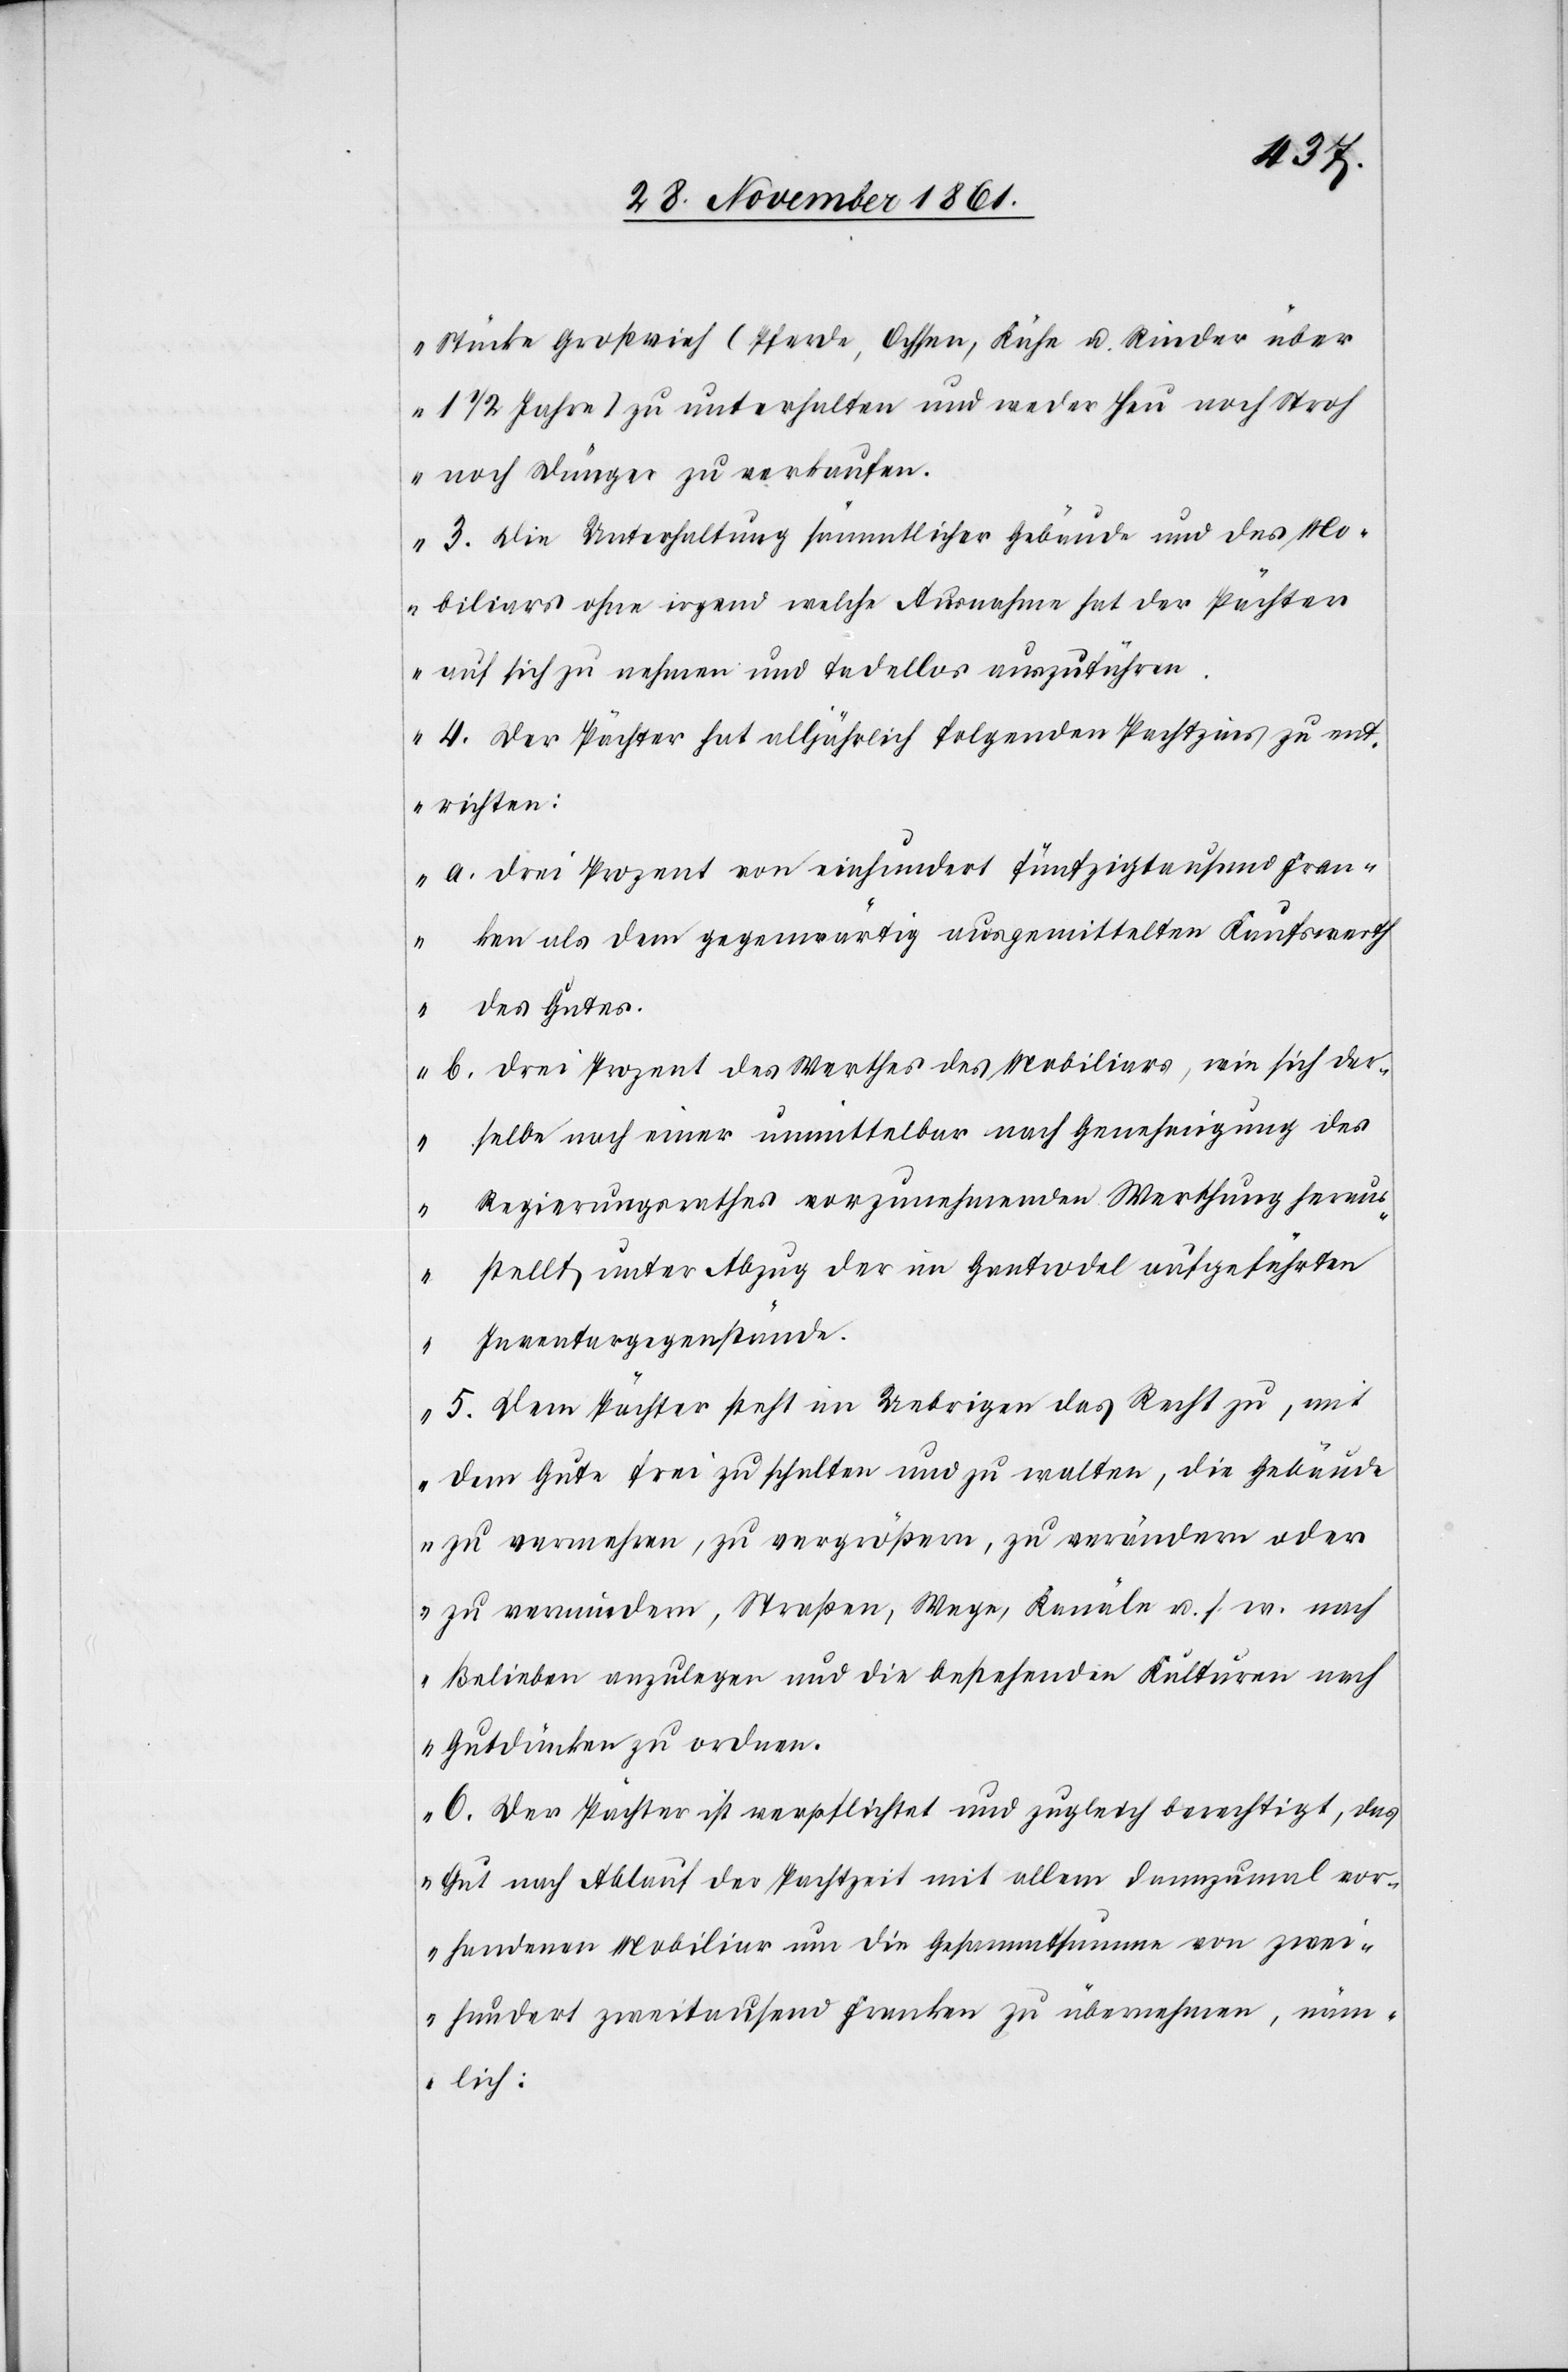
Stücke Großvieh (Pferde, Ochsen, Kühe u. Rinder über
1 1/2 Jahre) zu unterhalten und weder Heu noch Stroh
noch Dünger zu verkaufen.
3. Die Unterhaltung sämmtlicher Gebäude und des Mo¬
biliars ohne irgend welche Ausnahme hat der Pächter
auf sich zu nehmen und tadellos auszuführen.
4. Der Pächter hat alljährlich folgenden Pachtzins zu ent¬
richten:
a. drei Prozent von einhundert fünfzigtausend Fran¬
ken als dem gegenwärtig ausgemittelten Kaufswerth
des Gutes.
b. drei Prozent des Werthes des Mobiliars, wie sich der¬
selbe nach einer unmittelbar nach Genehmigung des
Regierungsrathes vorzunehmenden Werthung heraus¬
stellt unter Abzug der im Gantrodel aufgeführten
Inventargegenstände.
5. Dem Pächter steht im Uebrigen das Recht zu, mit
dem Gute frei zu schalten und zu walten, die Gebäude
zu vermehren, zu vergrößern, zu verändern oder
zu vermindern, Straßen, Wege, Kanäle u. s. w. nach
Belieben anzulegen und die bestehenden Kulturen nach
Gutdünken zu ordnen.
6. Der Pächter ist verpflichtet und zugleich berechtigt, das
Gut nach Ablauf der Pachtzeit mit allem dannzumal vor¬
handenen Mobiliar um die Gesammtsumme von zwei¬
hundert zweitausend Franken zu übernehmen, näm¬
lich: